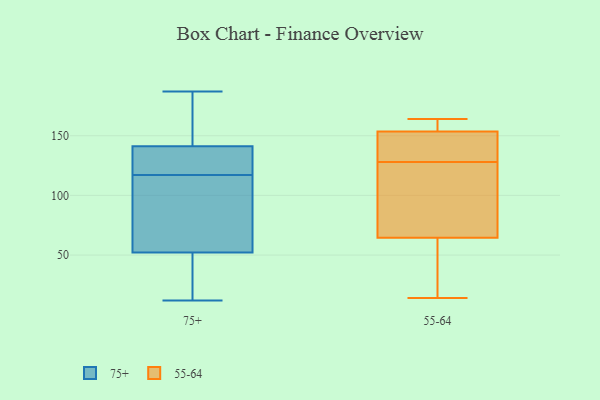
{"axis": {"x": "Operating Costs (USD K)", "y": "Value"}, "legend": ["55-64", "75+"], "data": [{"x": "", "y": 119, "type": "75+"}, {"x": "", "y": 184, "type": "75+"}, {"x": "", "y": 19, "type": "75+"}, {"x": "", "y": 117, "type": "75+"}, {"x": "", "y": 93, "type": "75+"}, {"x": "", "y": 70, "type": "75+"}, {"x": "", "y": 56, "type": "75+"}, {"x": "", "y": 133, "type": "75+"}, {"x": "", "y": 187, "type": "75+"}, {"x": "", "y": 41, "type": "75+"}, {"x": "", "y": 166, "type": "75+"}, {"x": "", "y": 12, "type": "75+"}, {"x": "", "y": 125, "type": "75+"}, {"x": "", "y": 124, "type": "55-64"}, {"x": "", "y": 156, "type": "55-64"}, {"x": "", "y": 124, "type": "55-64"}, {"x": "", "y": 96, "type": "55-64"}, {"x": "", "y": 67, "type": "55-64"}, {"x": "", "y": 14, "type": "55-64"}, {"x": "", "y": 128, "type": "55-64"}, {"x": "", "y": 164, "type": "55-64"}, {"x": "", "y": 129, "type": "55-64"}, {"x": "", "y": 131, "type": "55-64"}, {"x": "", "y": 138, "type": "55-64"}, {"x": "", "y": 41, "type": "55-64"}, {"x": "", "y": 153, "type": "55-64"}, {"x": "", "y": 155, "type": "55-64"}, {"x": "", "y": 39, "type": "55-64"}, {"x": "", "y": 155, "type": "55-64"}, {"x": "", "y": 57, "type": "55-64"}]}